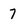
Character: 7